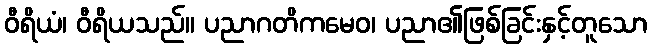
ဝီရိယံ၊ ဝီရိယသည်။ ပညာဂတိကမေဝ၊ ပညာ၏ဖြစ်ခြင်းနှင့်တူသော